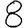
Digit: 8